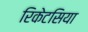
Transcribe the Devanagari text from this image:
रिकेटसिया